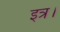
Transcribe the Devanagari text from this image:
इत्र।